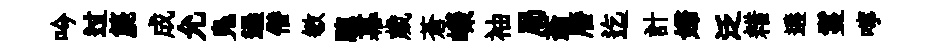
吟过篪成允鳬過僣敏驄幕歲蒼嶸袖局蓊曆迄計婦泛耤遘鬘嚀